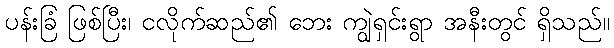
ပန်းခြံ ဖြစ်ပြီး၊ ငလိုက်ဆည်၏ ဘေး ကျွဲရှင်းရွာ အနီးတွင် ရှိသည်။